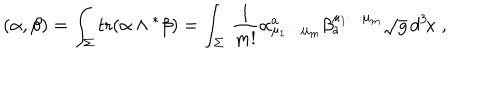
LaTeX: ( \alpha , \beta ) = \int _ { \Sigma } ^ { } \mathrm { t r } ( \alpha \wedge { } ^ { \ast } \beta ) = \int _ { \Sigma } ^ { } \, \frac { 1 } { m ! } \alpha _ { \mu _ { 1 } \cdots \mu _ { m } } ^ { a } \beta _ { a } ^ { \mu _ { 1 } \cdots \mu _ { m } } \sqrt { g } \, d ^ { 3 } \! x \; ,